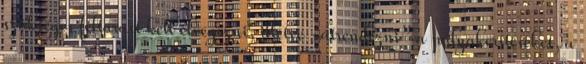
szükséges feltárást kell elvégezni, illetve „átrendezni” a pályakerítéseket, a